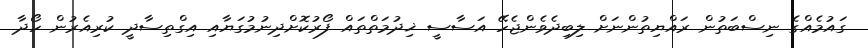
ގައުމެއްގެ ނިސްބަތުން ރައްޔިތުންނަށް ލިބިދެވެންޖެހޭ އަސާސީ ޚިދުމަތްތައް ފޯރުކޮށްދިނުމުގަޔާއި އިގްތިސާދީ ކުރިއެރުން ހޯދާ